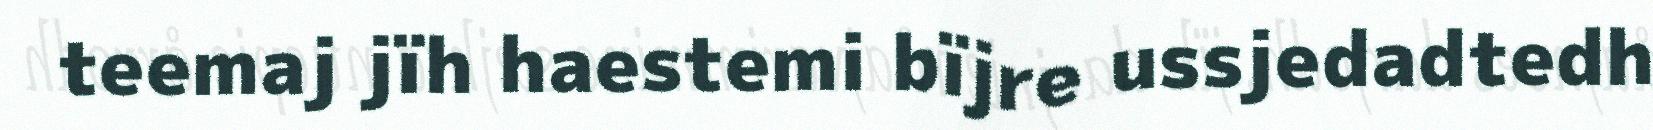
teemaj jïh haestemi bïjre ussjedadtedh